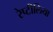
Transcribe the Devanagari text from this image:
रेप्टीलिया